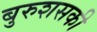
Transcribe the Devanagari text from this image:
बुरुशसकी